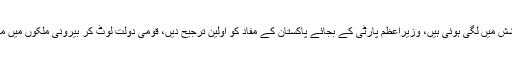
اقتدار میں موجود پارٹیاں اپنے لوگوں کو بچانے کی کوشش میں لگی ہوئی ہیں، وزیراعظم پارٹی کے بجائے پاکستان کے مفاد کو اولین ترجیح دیں، قومی دولت لوٹ کر بیرونی ملکوں میں منتقل کرنے والوں سے بڑا مجرم اور کوئی نہیں ہوسکتا ۔